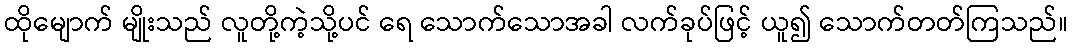
ထိုမျောက် မျိုးသည် လူတို့ကဲ့သို့ပင် ရေ သောက်သောအခါ လက်ခုပ်ဖြင့် ယူ၍ သောက်တတ်ကြသည်။